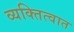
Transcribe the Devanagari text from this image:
व्यक्तित्वात